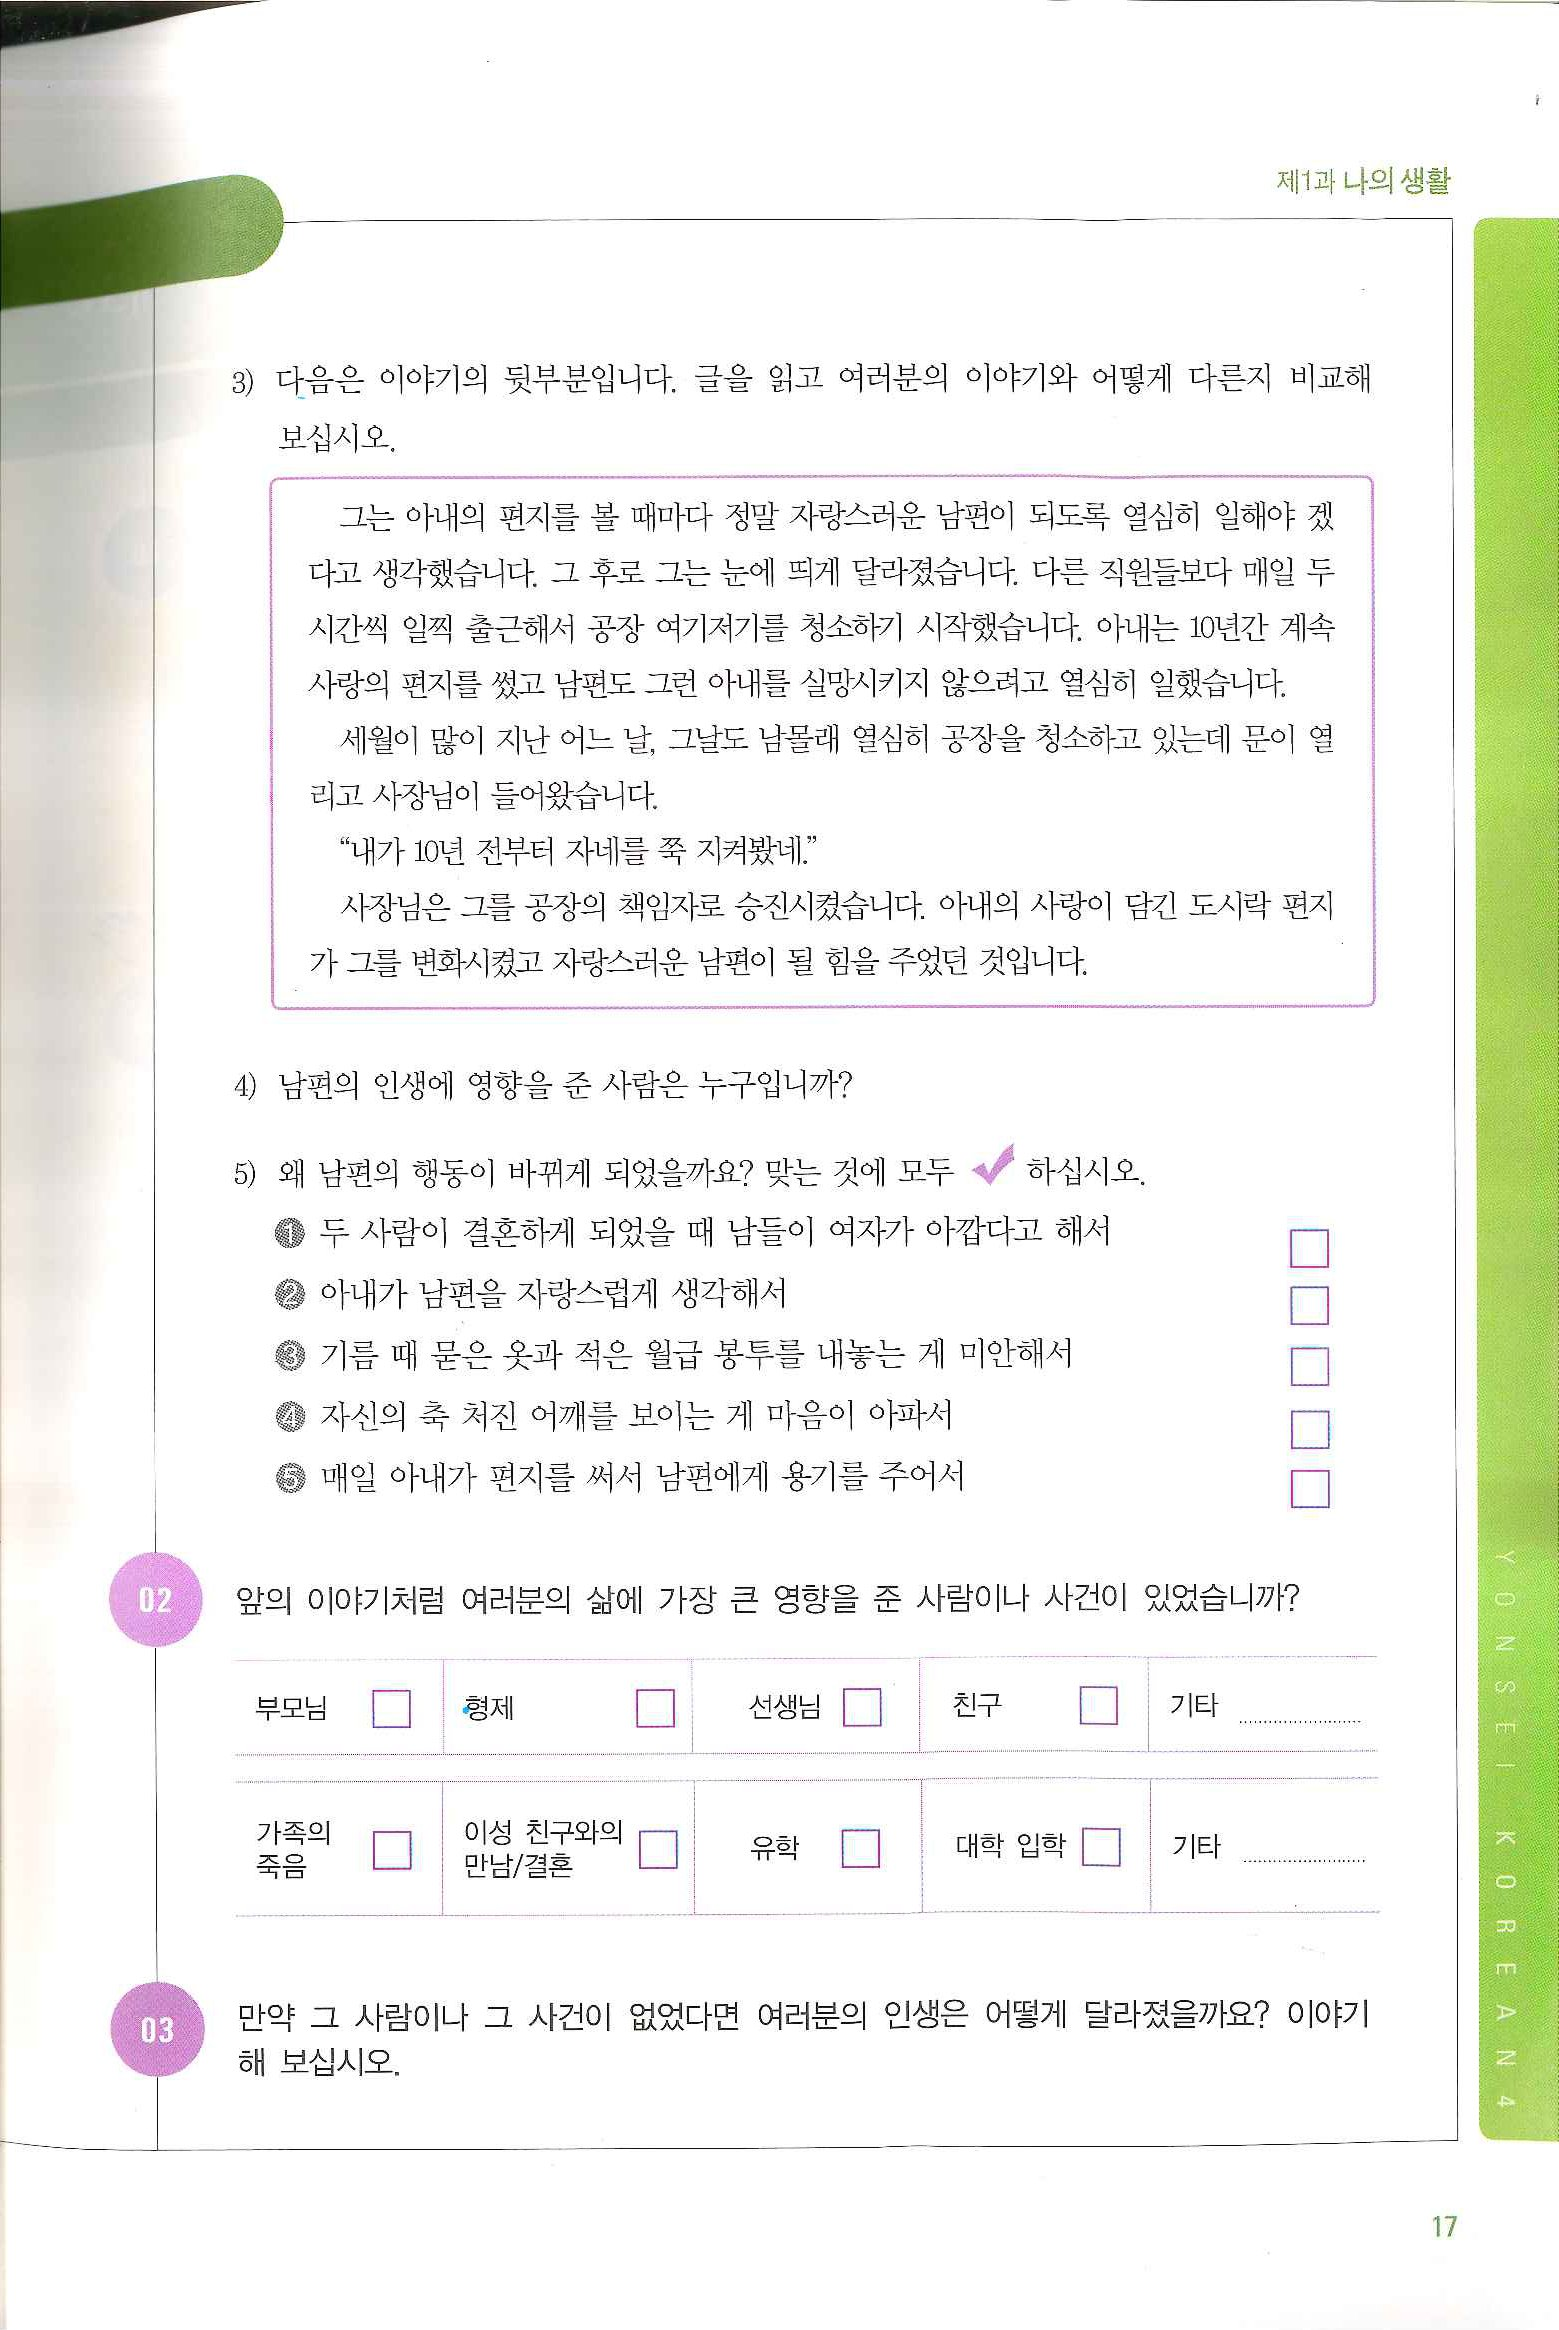
Language: ko